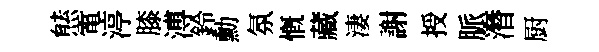
㷱電渟膝溥鈴勳氛慨藏淒謝授脈潛厨